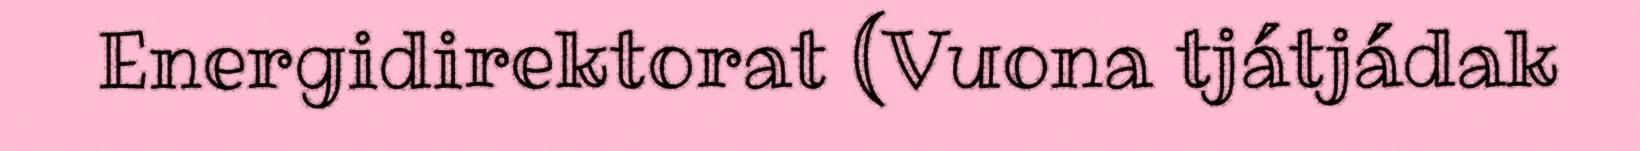
Energidirektorat (Vuona tjátjádak